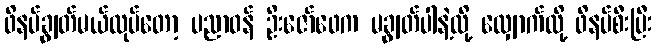
ဖိနပ်ချွတ်မယ်လုပ်တော့ ပညာဝန် ဦးဇော်ဖေက မချွတ်ပါနဲ့လို့ လျှောက်လို့ ဖိနပ်စီးပြီး